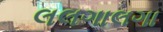
લલગાલગા